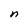
Character: n